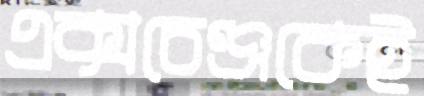
এক্সচেঞ্জকেই